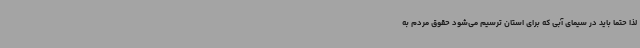
لذا حتما باید در سیمای آبی که برای استان ترسیم می‌شود حقوق مردم به